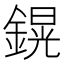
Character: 鎤